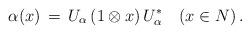
LaTeX: \begin{align*}\alpha(x)\, = \,U_\alpha\,(1\otimes x)\,U_\alpha^* \ \ \ (x\in N)\,.\end{align*}